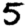
Digit: 5